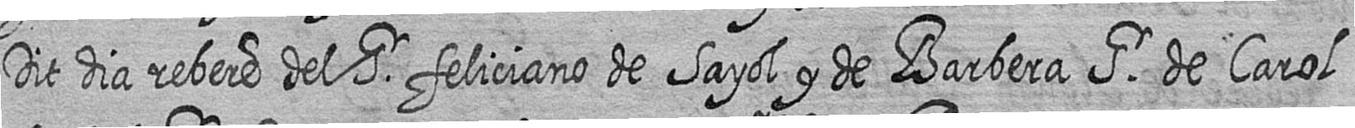
Dit dia rebere del Sr feliciano de Sayol y de Barbera Sr de Carol